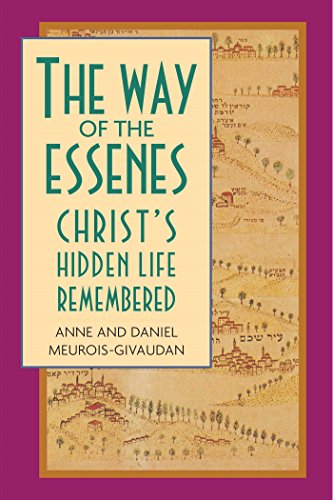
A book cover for The Way of the Essenes: Christ's Hidden Life Remembered; Anne Meurois-Givaudan; Christian Books & Bibles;